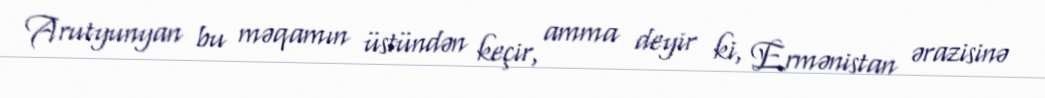
Arutyunyan bu məqamın üstündən keçir, amma deyir ki, Ermənistan ərazisinə